Indian journal of veterinary science and animal husbandry - Volume 11,
Year: 1941
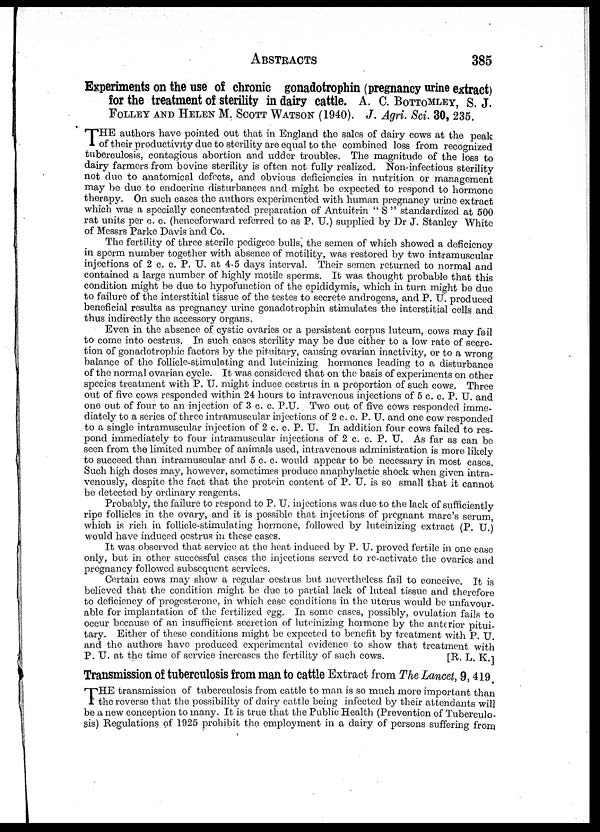
ABSTRACTS 385
Experiments on the use of chronic gonadotrophin (pregnancy urine extract)
for the treatment of sterility in dairy cattle. A. C. BOTTOMLEY, S. J.
FOLLEY AND HELEN M. SCOTT WATSON (1940). J. Agri. Sci. 30, 235.
T HE authors have pointed out that in England the sales of dairy cows at the peak
of their productivity due to sterility are equal to the combined loss from recognized
tuberculosis, contagious abortion and udder troubles. The magnitude of the loss to
dairy farmers from bovine sterility is often not fully realized. Non-infectious sterility
not due to anatomical defects, and obvious deficiencies in nutrition or management
may be due to endocrine disturbances and might be expected to respond to hormone
therapy. On such cases the authors experimented with human pregnancy urine extract
which was a specially concentrated preparation of Antuitrin " S " standardized at 500
rat units per c. c. (henceforward referred to as P. U.) supplied by Dr J. Stanley White
of Messrs Parke Davis and Co.
The fertility of three sterile pedigree bulls, the semen of which showed a deficiency
in sperm number together with absence of motility, was restored by two intramuscular
injections of 2 c. c. P. U. at 4-5 days interval. Their semen returned to normal and
contained a large number of highly motile sperms. It was thought probable that this
condition might be due to hypofunction of the epididymis, which in turn might be due
to failure of the interstitial tissue of the testes to secrete androgens, and P. U. produced
beneficial results as pregnancy urine gonadotrophin stimulates the interstitial cells and
thus indirectly the accessory organs.
Even in the absence of cystic ovaries or a persistent corpus luteum, cows may fail
to come into oestrus. In such cases sterility may be due either to a low rate of secre-
tion of gonadotrophic factors by the pituitary, causing ovarian inactivity, or to a wrong
balance of the follicle-stimulating and luteinizing hormones leading to a disturbance
of the normal ovarian cycle. It was considered that on the basis of experiments on other
species treatment with P. U. might induce oestrus in a proportion of such cows. Three
out of five cows responded within 24 hours to intravenous injections of 5 c. c. P. U. and
one out of four to an injection of 3 c. c. P.U. Two out of five cows responded imme-
diately to a series of three intramuscular injections of 2 c. c. P. U. and one cow responded
to a single intramuscular injection of 2 c. c. P. U. In addition four cows failed to res-
pond immediately to four intramuscular injections of 2 c. c. P. U. As far as can be
seen from the limited number of animals used, intravenous administration is more likely
to succeed than intramuscular and 5 c. c. would appear to be necessary in most cases.
Such high doses may, however, sometimes produce anaphylactic shock when given intra-
venously, despite the fact that the protein content of P. U. is so small that it cannot
be detected by ordinary reagents.
Probably, the failure to respond to P.U. injections was due to the lack of sufficiently
ripe follicles in the ovary, and it is possible that injections of pregnant mare's serum,
which is rich in follicle-stimulating hormone, followed by luteinizing extract (P. U.)
would have induced oestrus in these cases.
It was observed that service at the heat induced by P. U. proved fertile in one case
only, but in other successful cases the injections served to re-activate the ovaries and
pregnancy followed subsequent services.
Certain cows may show a regular oestrus but nevertheless fail to conceive. It is
believed that the condition might be due to partial lack of luteal tissue and therefore
to deficiency of progesterone, in which case conditions in the uterus would be unfavour-
able for implantation of the fertilized egg. In some cases, possibly, ovulation fails to
occur because of an insufficient secretion of luteinizing hormone by the anterior pitui-
tary. Either of these conditions might be expected to benefit by treatment with P.U.
and the authors have produced experimental evidence to show that treatment with
P. U. at the time of service increases the fertility of such cows.
[R.
L. K.]
Transmission of tuberculosis from man to cattle Extract from The Lancet, 9, 419.
T HE transmission of tuberculosis from cattle to man is so much more important than
the reverse that the possibility of dairy cattle being infected by their attendants will
be a new conception to many. It is true that the Public Health (Prevention of Tuberculo-
sis) Regulations of 1925 prohibit the employment in a dairy of persons suffering from